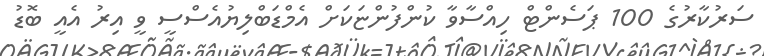
ސަރުކާރުގެ 100 ޕަސެންޓް ހިއްސާވާ ކުންފުންޏަކަށް އެމްޑަބްލިޔުއެސްސީ ވީ އިރު އެއީ ބޮޑު